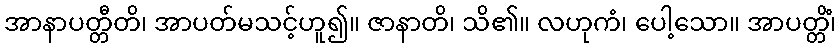
အာနာပတ္တီတိ၊ အာပတ်မသင့်ဟူ၍။ ဇာနာတိ၊ သိ၏။ လဟုကံ၊ ပေါ့သော။ အာပတ္တိံ၊